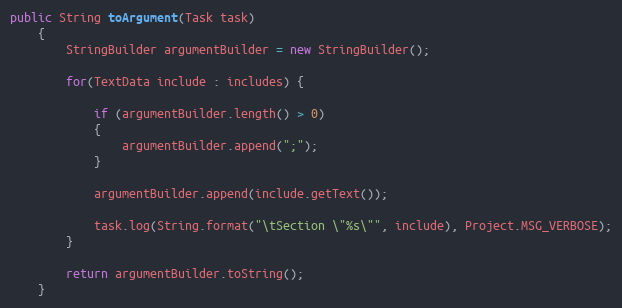
Language: Java
public String toArgument(Task task)
	{
		StringBuilder argumentBuilder = new StringBuilder();

		for(TextData include : includes) {

			if (argumentBuilder.length() > 0)
            {
				argumentBuilder.append(";");
			}

			argumentBuilder.append(include.getText());

			task.log(String.format("\tSection \"%s\"", include), Project.MSG_VERBOSE);
        }

		return argumentBuilder.toString();
	}